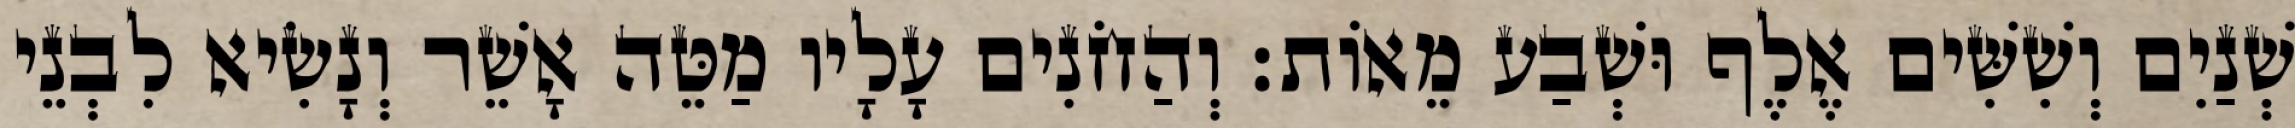
שְׁנַיִם וְשִׁשִּׁים אֶלֶף וּשְׁבַע מֵאוֹת׃ וְהַחֹנִים עָלָיו מַטֵּה אָשֵׁר וְנָשִׂיא לִבְנֵי